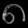
Digit: ၈